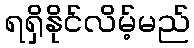
ရရှိနိုင်လိမ့်မည်